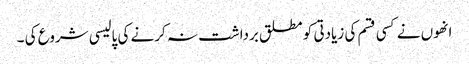
انھوں نے کسی قسم کی زیادتی کو مطلق برداشت نہ کرنے کی پالیسی شروع کی ۔